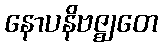
နောပနိဗဇ္ဈတေ